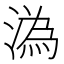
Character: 溈